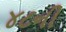
૪૮ની